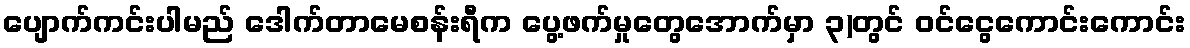
ပျောက်ကင်းပါမည် ဒေါက်တာမေစန်းရီက ပွေ့ဖက်မှုတွေအောက်မှာ ၃)တွင် ဝင်ငွေကောင်းကောင်း